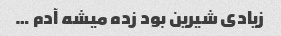
زیادی شیرین بود زده میشه آدم …